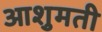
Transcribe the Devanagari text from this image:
आशुमती